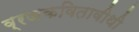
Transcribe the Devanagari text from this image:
व्रजकवितावीथी